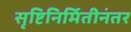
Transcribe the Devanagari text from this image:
सृष्टिनिर्मितीनंतर